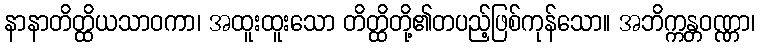
နာနာတိတ္ထိယသာဝကာ၊ အထူးထူးသော တိတ္ထိတို့၏တပည့်ဖြစ်ကုန်သော။ အဘိက္ကန္တဝဏ္ဏာ၊